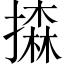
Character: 𢵳